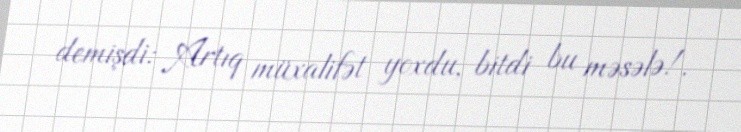
demişdi: Artıq müxalifət yoxdu, bitdi bu məsələ!.